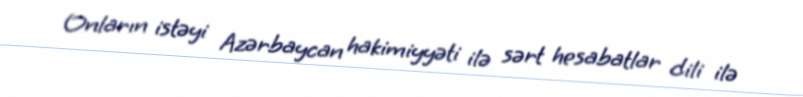
Onların istəyi Azərbaycan hakimiyyəti ilə sərt hesabatlar dili ilə